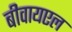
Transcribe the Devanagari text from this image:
बीवायएल